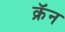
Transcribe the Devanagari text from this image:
क्रॅन